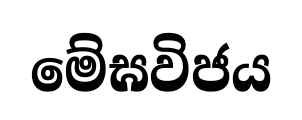
මේඝවිජය